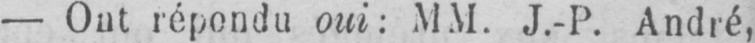
- Ont répondu oui: MM. J.-P. André,